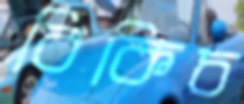
বিকিচ